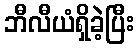
ဘီလီယံရှိခဲ့ပြီး